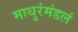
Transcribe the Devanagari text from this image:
माथुरंमंडलं